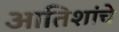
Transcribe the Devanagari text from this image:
आतिशांचे